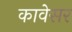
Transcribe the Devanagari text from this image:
कावेसर